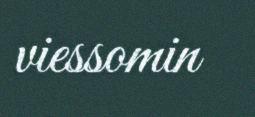
viessomin